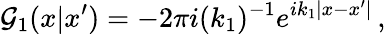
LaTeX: {\cal G}_{1}(x|x^{\prime})=-2\pi i(k_{1})^{-1}e^{ik_{1}|x-x^{\prime}|}\, ,